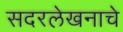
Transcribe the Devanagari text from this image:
सदरलेखनाचे